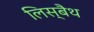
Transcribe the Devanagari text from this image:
लिस्बैथ